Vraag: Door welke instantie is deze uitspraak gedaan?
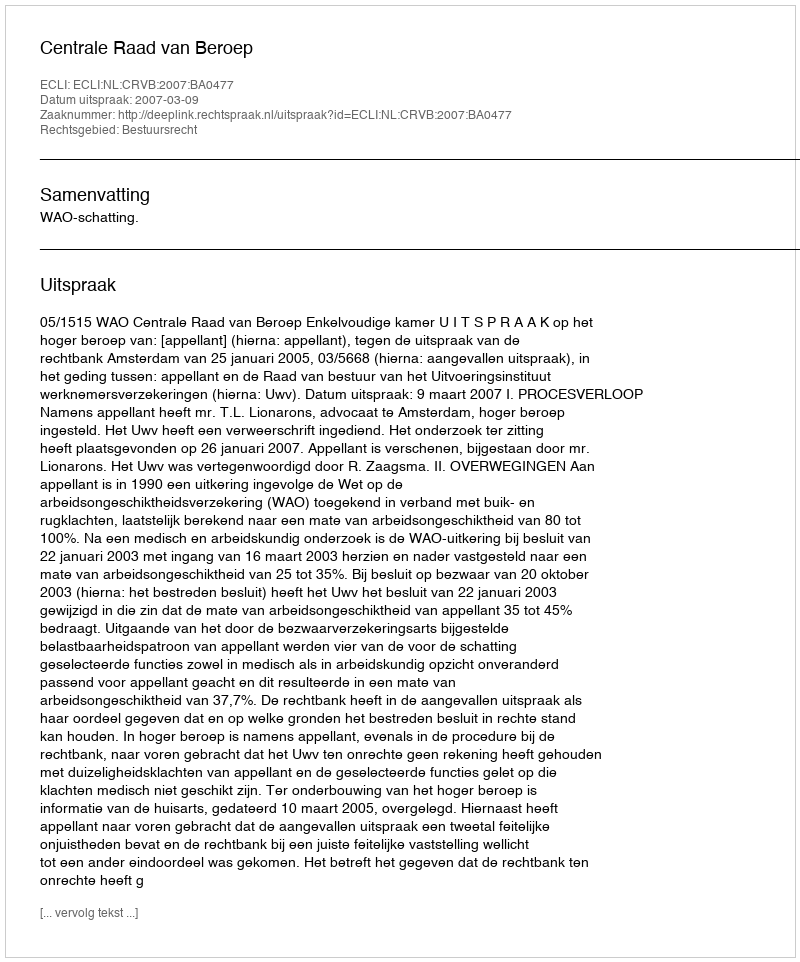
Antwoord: Centrale Raad van Beroep